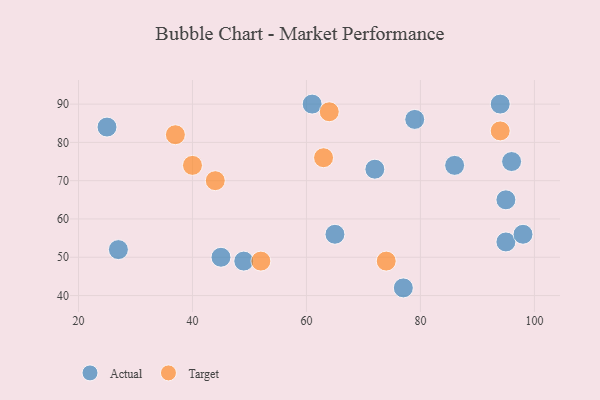
{"axis": {"x": "GDP", "y": "Life Expectancy"}, "legend": ["Actual", "Target"], "data": [{"x": "25", "y": 84, "type": "Actual"}, {"x": "79", "y": 86, "type": "Actual"}, {"x": "95", "y": 54, "type": "Actual"}, {"x": "95", "y": 65, "type": "Actual"}, {"x": "27", "y": 52, "type": "Actual"}, {"x": "86", "y": 74, "type": "Actual"}, {"x": "45", "y": 50, "type": "Actual"}, {"x": "98", "y": 56, "type": "Actual"}, {"x": "72", "y": 73, "type": "Actual"}, {"x": "61", "y": 90, "type": "Actual"}, {"x": "77", "y": 42, "type": "Actual"}, {"x": "96", "y": 75, "type": "Actual"}, {"x": "49", "y": 49, "type": "Actual"}, {"x": "94", "y": 90, "type": "Actual"}, {"x": "65", "y": 56, "type": "Actual"}, {"x": "44", "y": 70, "type": "Target"}, {"x": "74", "y": 49, "type": "Target"}, {"x": "40", "y": 74, "type": "Target"}, {"x": "63", "y": 76, "type": "Target"}, {"x": "37", "y": 82, "type": "Target"}, {"x": "94", "y": 83, "type": "Target"}, {"x": "64", "y": 88, "type": "Target"}, {"x": "52", "y": 49, "type": "Target"}]}